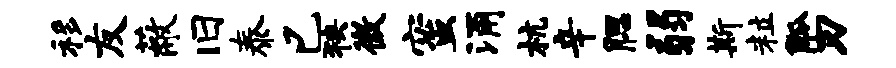
移友蔽旧泰已狭微蜜涌杭辛腮弱斯粒觚刃